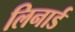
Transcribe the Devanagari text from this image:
लिनार्ड